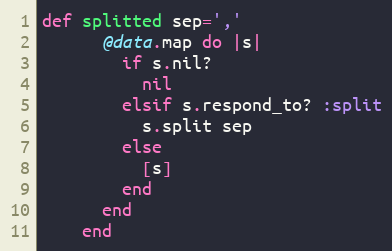
Language: Ruby
def splitted sep=','
      @data.map do |s|
        if s.nil?
          nil
        elsif s.respond_to? :split
          s.split sep
        else
          [s]
        end
      end
    end